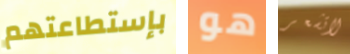
بإستطاعتهم هو لاتشعر